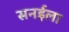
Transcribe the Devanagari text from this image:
सनईला